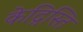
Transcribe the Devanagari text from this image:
केद्रिस्ति